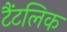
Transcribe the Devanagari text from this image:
टैंटलिक